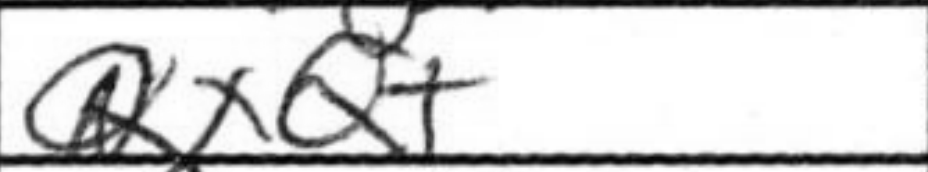
Transcription: QxQ+